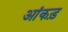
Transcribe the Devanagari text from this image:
आंकड़